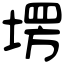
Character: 塄